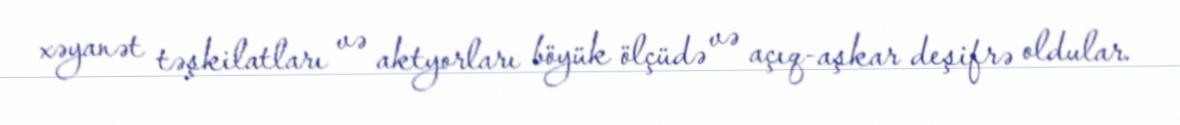
xəyanət təşkilatları və aktyorları böyük ölçüdə və açıq-aşkar deşifrə oldular.